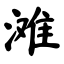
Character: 滩